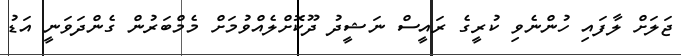
ޖަލަށް ލާފައި ހުންނެވި ކުރީގެ ރައީސް ނަޝީދު ދޫކޮށްލެއްވުމަށް މެމްބަރުން ގެންދަވަނީ އަޑު